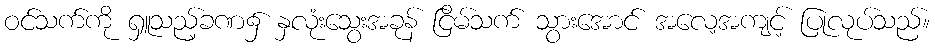
ဝင်သက်ကို ရှူသည့်ခဏ၌ နှလုံးသွေးအခုန် ငြိမ်သက် သွားအောင် အလေ့အကျင့် ပြုလုပ်သည်။